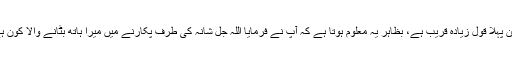
لیکن پہلا قول زیادہ قریب ہے، بظاہر یہ معلوم ہوتا ہے کہ آپ نے فرمایا اللہ جل شانہ کی طرف پکارنے میں میرا ہاتھ بٹانے والا کون ہے؟